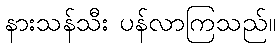
နားသန်သီး ပန်လာကြသည်။